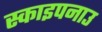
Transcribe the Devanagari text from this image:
स्काइपनाउ